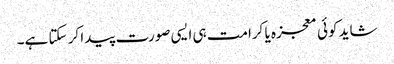
شاید کوئی معجزہ یا کرامت ہی ایسی صورت پیدا کر سکتا ہے۔